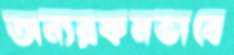
অন্যরকমভাবে